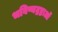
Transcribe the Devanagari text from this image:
भविष्यद्रष्टाओं